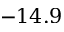
- 1 4 . 9